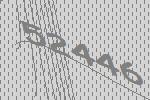
52446